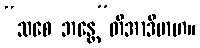
“သစေ ဘန္တေ”တိအာဒိမာဟ။